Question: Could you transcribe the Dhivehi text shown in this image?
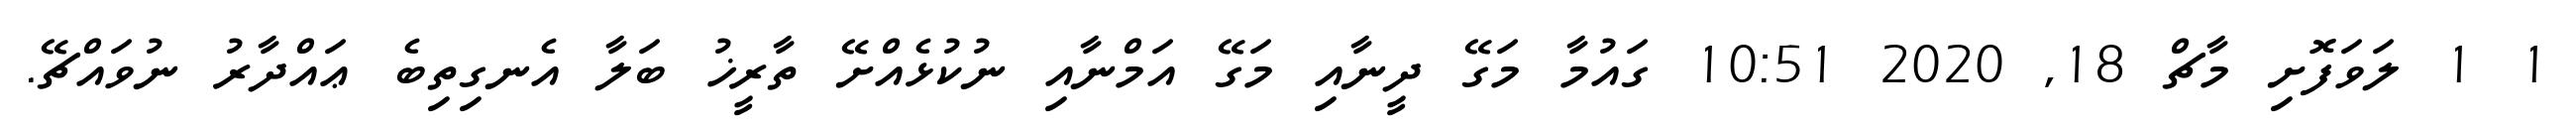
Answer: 1 1 ލަވަފޮށި މާޗް 18, 2020 10:51 ގައުމާ މަގޭ ދީނާއި މަގޭ އަމްނާއި ނުކުޅެއްށޭ ތާރީޚު ބަލާ އެނގިތިބެ ޢައްދާރު ނުވައްޗޭ.